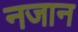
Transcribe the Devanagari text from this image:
नजान